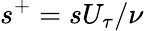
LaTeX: s^{+}=sU_{\tau}/\nu